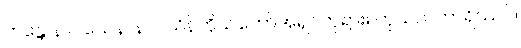
ဘန္တေ နာဂသေန၊ နာဂသိန်ကိုယ်တော်အရှင်ဘုရား။ ကုသလကာရိဿပိ၊